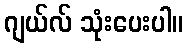
ဂျယ်လ် သုံးပေးပါ။